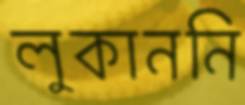
লুকাননি